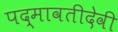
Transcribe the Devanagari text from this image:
पद्मावतीदेवी